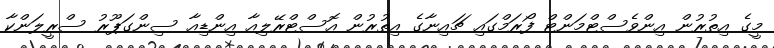
މީގެ އިތުރުން އިންވެސްޓްމަންޓް ފޯރަމްގައި ޗައިނާގެ އިތުރުން އޮސްޓްރޭލިއާ އިންޑިއާ ސިންގަޕޫރު ސްރީލަންކާ